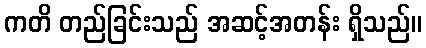
ကတိ တည်ခြင်းသည် အဆင့်အတန်း ရှိသည်။